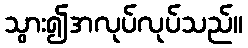
သွား၍အလုပ်လုပ်သည်။